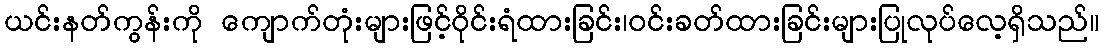
ယင်းနတ်ကွန်းကို ကျောက်တုံးများဖြင့်ဝိုင်းရံထားခြင်း၊ဝင်းခတ်ထားခြင်းများပြုလုပ်လေ့ရှိသည်။